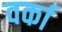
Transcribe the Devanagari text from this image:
वर्का